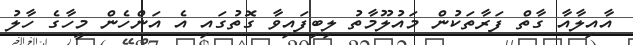
އާއިލާއާ ގާތް ފަރާތަކުން މައުލޫމާތު ލިބިފައިވާ ގޮތުގައި އެ އަންހެން މީހާގެ ހާލު